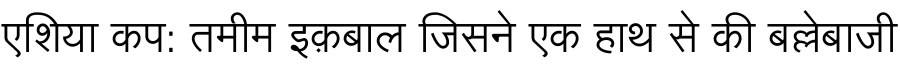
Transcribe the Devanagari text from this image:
एशिया कप: तमीम इक़बाल जिसने एक हाथ से की बल्लेबाजी